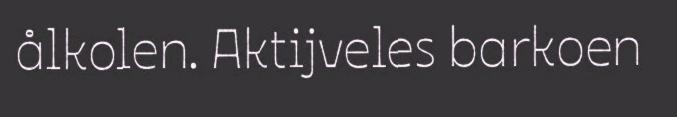
ålkolen. Aktijveles barkoen